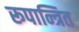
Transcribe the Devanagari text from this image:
रूपान्त्रित